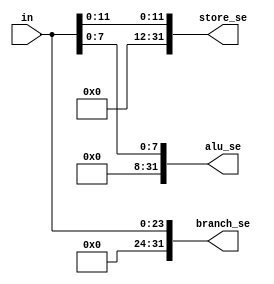
module sign_extend(
		input [23:0] in,  //immediate field 
		output [31:0] branch_se, //branch sign extended field
		output [31:0] store_se,  // load/store sign extended field
		output [31:0] alu_se     // alu sign extended field
				   );
  
  assign branch_se = {2'h00,in};
  assign store_se = {5'h00000,in[11:0]};
  assign alu_se = {6'h0000000,in[7:0]};

endmodule